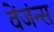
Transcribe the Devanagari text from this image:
वेंजंन्स